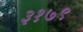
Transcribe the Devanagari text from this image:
३१७९